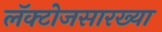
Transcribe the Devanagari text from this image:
लॅक्टोजसारख्या